Cholera in India, 1862 to 1881
Year: 1862
Disease focus: Cholera
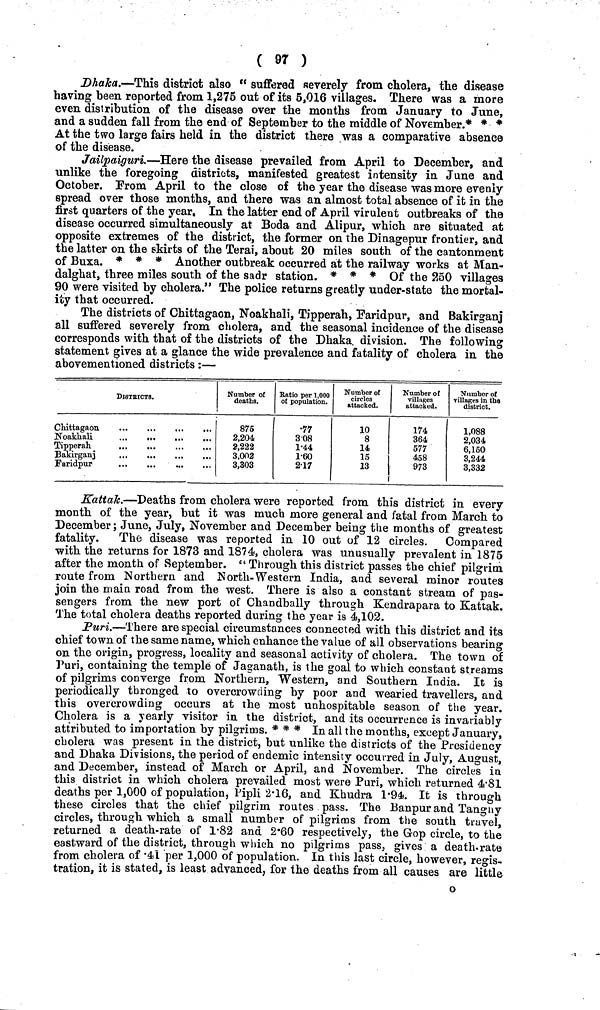
( 97 )
Dhaka.—This district also " suffered severely from cholera, the disease
having been reported from 1,275 out of its 5,016 villages. There was a more
even distribution of the disease over the months from January to June,
and a sudden fall from the end of September to the middle of November.* * *
At the two large fairs held in the district there was a comparative absence
of the disease.
Jailpaiguri.—Here the disease prevailed from April to December, and
unlike the foregoing districts, manifested greatest intensity in June and
October. From April to the close of the year the disease was more evenly
spread over those months, and there was an almost total absence of it in the
first quarters of the year. In the latter end of April virulent outbreaks of the
disease occurred simultaneously at Boda and Alipur, which are situated at
opposite extremes of the district, the former on the Dinagepur frontier, and
the latter on the skirts of the Terai, about 20 miles south of the cantonment
of Buxa. * * * Another outbreak occurred at the railway works at Man-
dalghat, three miles south of the sadr station. * * * Of the 250 villages
90 were visited by cholera.'' The police returns greatly under-state the mortal-
ity that occurred.
The districts of Chittagaon, Noakhali, Tipperah, Earidpur, and Bakirganj
all suffered severely from cholera, and the seasonal incidence of the disease
corresponds with that of the districts of the Dhaka division. The following
statement gives at a glance the wide prevalence and fatality of cholera in the
abovementioned districts:—
DISTRICTS.
Chittagaon
Noakhali
875
2,204
2,222
3,002
3,303
. 77
3 08
1.44
1 60
2.17
Number of
circles
attacked.
10
8
14
15
13
Number of
villages
attacked.
174
364
577
458
973
Number of
Tillages in the
district.
1,088
2,034
6,150
3,244
3,332
Kattak.—Deaths from cholera were reported from this district in every
month of the year, but it was much more general and fatal from March to
December; June, July, November and December being the months of greatest
fatality.
The disease was reported in 10 out of 12 circles. Compared
with the returns for 1873 and 1874, cholera was unusually prevalent in 1875
after the month of September. " Through this district passes the chief pilgrim
route from Northern and North-Western India, and several minor routes
join the main road from the west. There is also a constant stream of pas-
sengers from the new port of Chandbally through Kendrapara to Kattak.
The total cholera deaths reported during the year is 4,102.
Puri.—There are special circumstances connected with this district and its
chief town of the same name, which enhance the value of all observations bearing
on the origin, progress, locality and seasonal activity of cholera. The town of
Puri, containing the temple of Jaganath, is the goal to which constant streams
of pilgrims converge from Northern, Western, and Southern India. It is
periodically thronged to overcrowding by poor and wearied travellers, and
this overcrowding occurs at the most unhospitable season of the year.
Cholera is a yearly visitor in the district, and its occurrence is invariably
attributed to importation by pilgrims. * * * In all the months, except January,
cholera was present in the district, but unlike the districts of the Presidency
and Dhaka Divisions, the period of endemic intensity occurred in July, August,
and December, instead of March or April, and November. The circles in
this district in which cholera prevailed most were Puri, which returned 4.81
deaths per 1,000 of population, Pipli 2.16, and Khudra 1.94. It is through
these circles that the chief pilgrim routes pass. The Banpur and Tanguy
circles, through which a small number of pilgrims from the south travel,
returned a death-rate of 1.82 and 2.60 respectively, the Gop circle, to the
eastward of the district, through which no pilgrims pass, gives a death-rate
from cholera of .41 per 1,000 of population. In this last circle, however, regis-
tration, it is stated, is least advanced, for the deaths from all causes are little
o